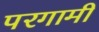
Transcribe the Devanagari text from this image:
परगामी